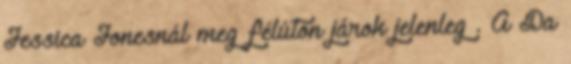
Jessica Jonesnál meg félúton járok jelenleg . A Da